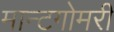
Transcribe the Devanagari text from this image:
मान्टगोमरी